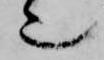
也